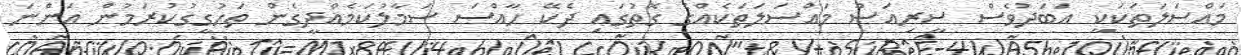
މައްސަލަތަކަކީ އަބަދުވެސް ސީރިއަސް މައްސަލަތަކެއްގެ ގޮތުގައި ދެކޭ ހާއްސަ ސަމާލުކަމެއްދީގެން ތަހުގީގުކުރަމުން އަންނަ